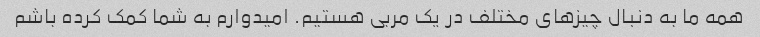
همه ما به دنبال چیزهای مختلف در یک مربی هستیم. امیدوارم به شما کمک کرده باشم